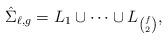
LaTeX: \begin{align*} \hat\Sigma_{\ell,g} = L_1 \cup \cdots \cup L_{\binom{f}{2}},\end{align*}